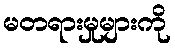
မတရားမှုများကို